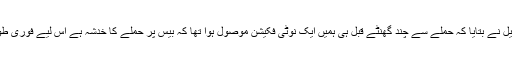
ایئربیس پر موجود امریکی اہلکار ٹومی کالڈ ویل نے بتایا کہ حملے سے چند گھنٹے قبل ہی ہمیں ایک نوٹی فکیشن موصول ہوا تھا کہ بیس پر حملے کا خدشہ ہے اس لیے فوری طور پر یہاں سے ساز و سامان منتقل کیا جائے۔